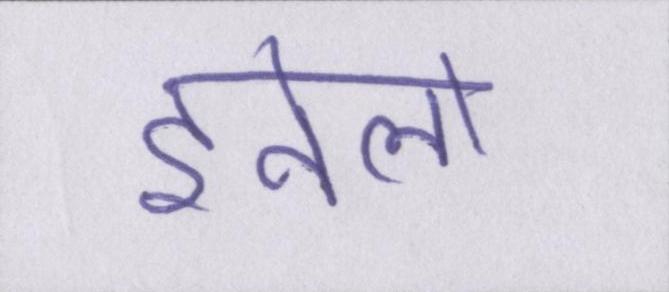
इनेलो